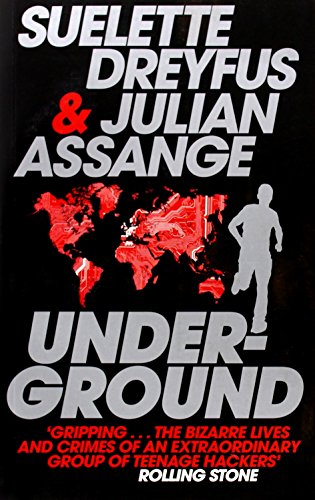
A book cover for Underground; Suelette Dreyfus; Biographies & Memoirs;